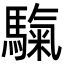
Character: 𩥀